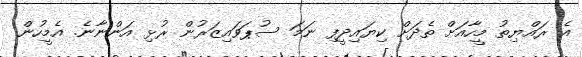
އެ ރައްޔިތު މީހާއަށް ތެދަށް ކިޔައިދީފި ނަމަ ސުޕަވައިޒަރުން ރުޅި އަންނާނެ. އެމީހުން